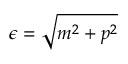
\epsilon = \sqrt { m ^ { 2 } + p ^ { 2 } }